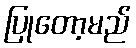
ပြုတော့မည်